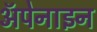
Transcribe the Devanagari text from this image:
ॲपेनाइन